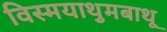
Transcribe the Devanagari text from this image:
विस्मयाथुमबाथू